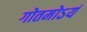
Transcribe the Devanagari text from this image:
गोतमोऽयं